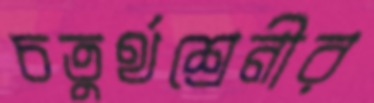
চতুর্থশ্রেনীর